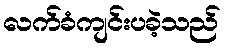
လက်ခံကျင်းပခဲ့သည်